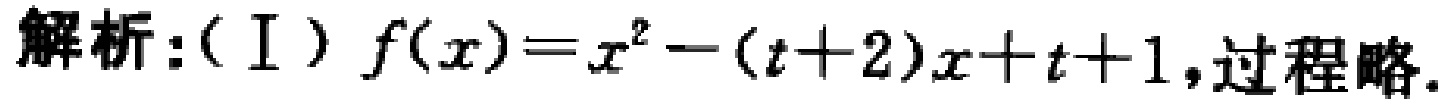
解析:（I）\(f(x)=x^{2}-(t + 2)x + t + 1\),过程略.